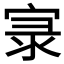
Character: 𱚌